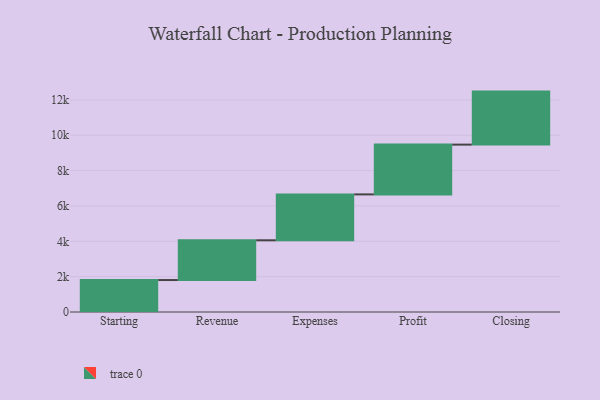
{"axis": {"x": "Step", "y": "Value"}, "legend": [""], "data": [{"x": "Starting", "y": 1808.0, "type": ""}, {"x": "Revenue", "y": 2249.0, "type": ""}, {"x": "Expenses", "y": 2597.0, "type": ""}, {"x": "Profit", "y": 2816.0, "type": ""}, {"x": "Closing", "y": 3000, "type": ""}]}